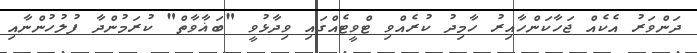
ދަންވަރު އެކެއް ޖަހާކަންހާއިރު ހާމިދު ކުރެއްވި ޓްވީޓެއްގައި ވިދާޅުވީ "ބަޣާވާތް" ކުރަމުންދާ ފުލުހުންނާއި